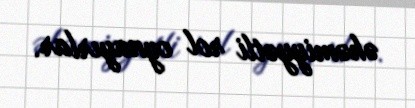
əhəmiyyətli rol oynayırlar.